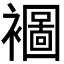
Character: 𮖾